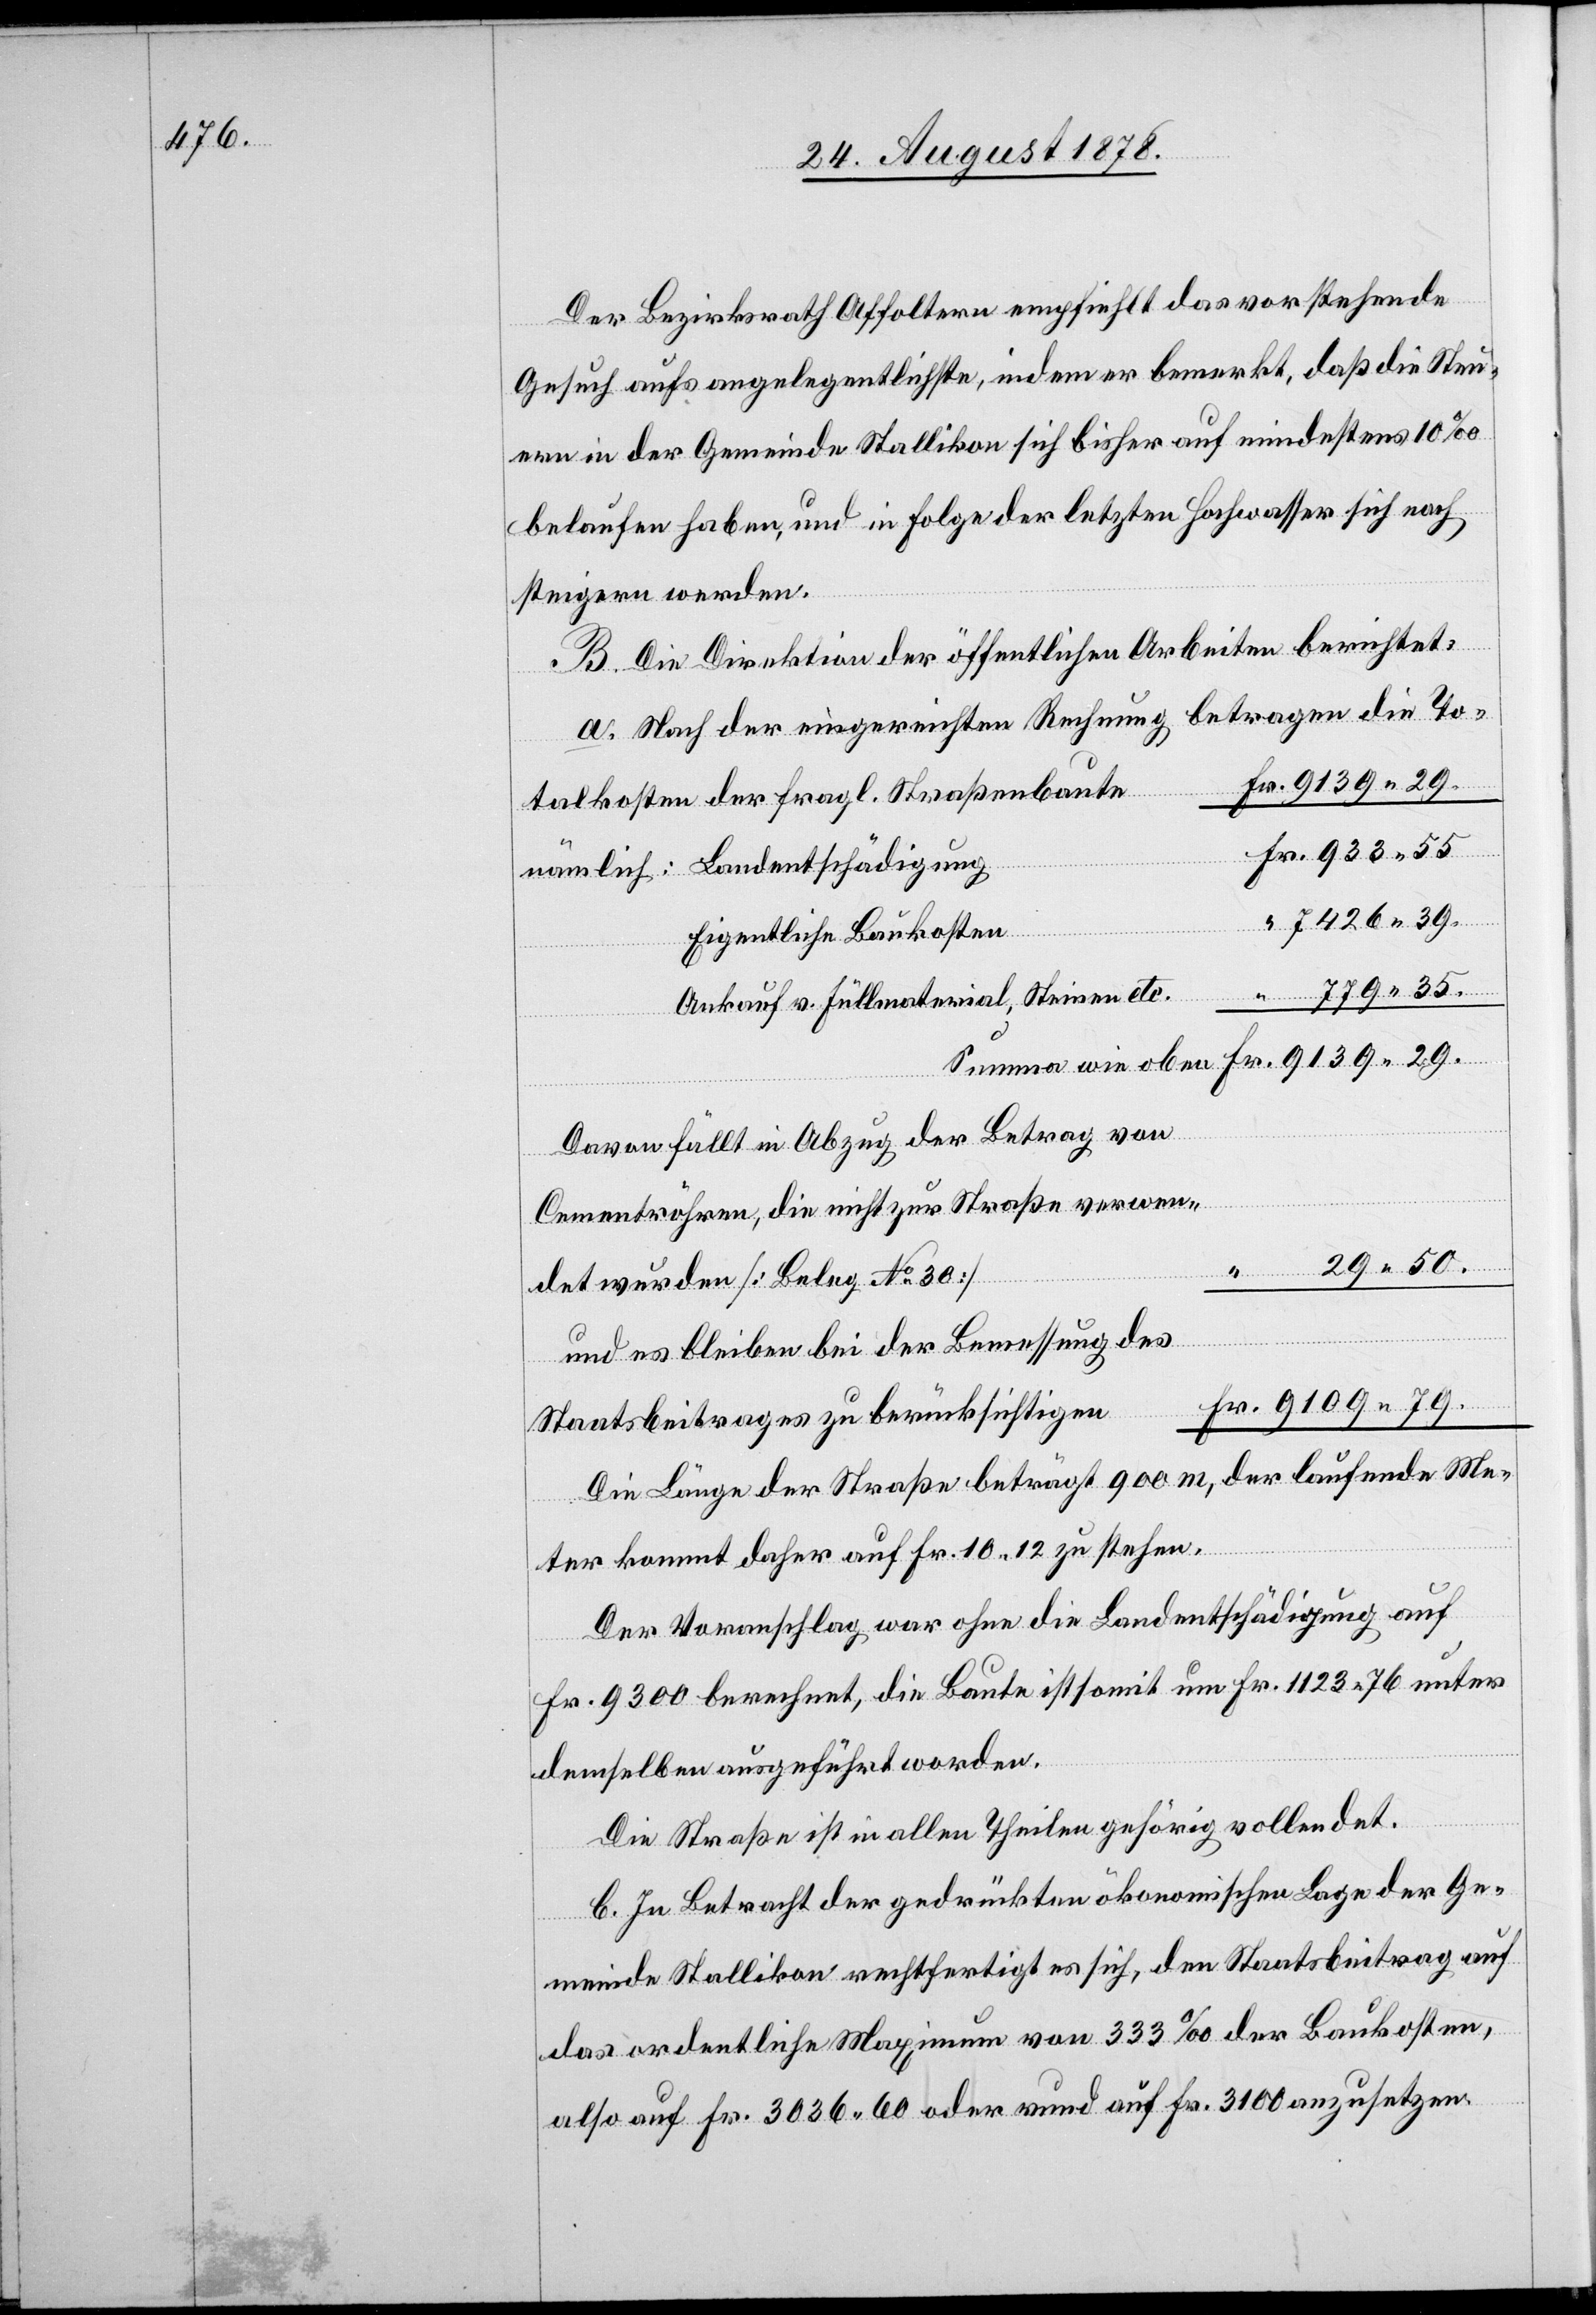
Der Bezirksrath Affoltern empfiehlt das vorstehende
Gesuch aufs angelegentlichste, indem er bemerkt, daß die Steu¬
ern in der Gemeinde Stallikon sich bisher auf mindestens 10‰
belaufen haben, und in Folge der letzten Hochwasser sich noch
steigern werden.
B. Die Direktion der öffentlichen Arbeiten berichtet:
a. Nach der eingereichten Rechnung betragen die To¬
talkosten der fragl. Straßenbaute
nämlich: Landentschädigung
“ 7426 39.
Eigentliche Baukosten
“ 779 35.
Ankauf v. Füllmaterial, Steinen etc.
Fr. 9139 29.
Summa wie oben
Davon fällt in Abzug der Betrag von
Cementröhren, die nicht zur Straße verwen¬
det wurden [Beleg No 30]
und es bleiben bei der Bemessung des
Fr. 9109 79.
Staatsbeitrages zu berücksichtigen
Die Länge der Straße beträgt 900 m, der laufende Me¬
ter kommt daher auf Fr. 10 12 zu stehen.
Der Voranschlag war ohne die Landentschädigung auf
Fr. 9300 berechnet, die Baute ist somit um Fr. 1123 76 unter
demselben ausgeführt worden.
Die Straße ist in allen Theilen gehörig vollendet.
b. In Betracht der gedrückten ökonomischen Lage der Ge¬
meinde Stallikon rechtfertigt es sich, den Staatsbeitrag auf
das ordentliche Maximum von 333‰ der Baukosten,
also auf Fr. 3036 60 oder rund auf Fr. 3100 anzusetzen.